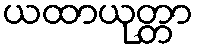
ယထာယုတ္တာ